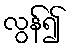
လွန်၍